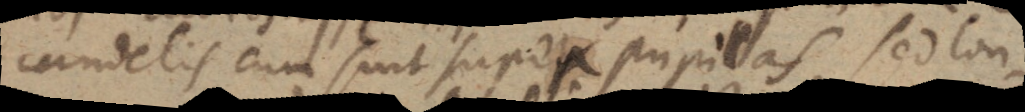
candelis cum sint super pupillas. Sed lon-